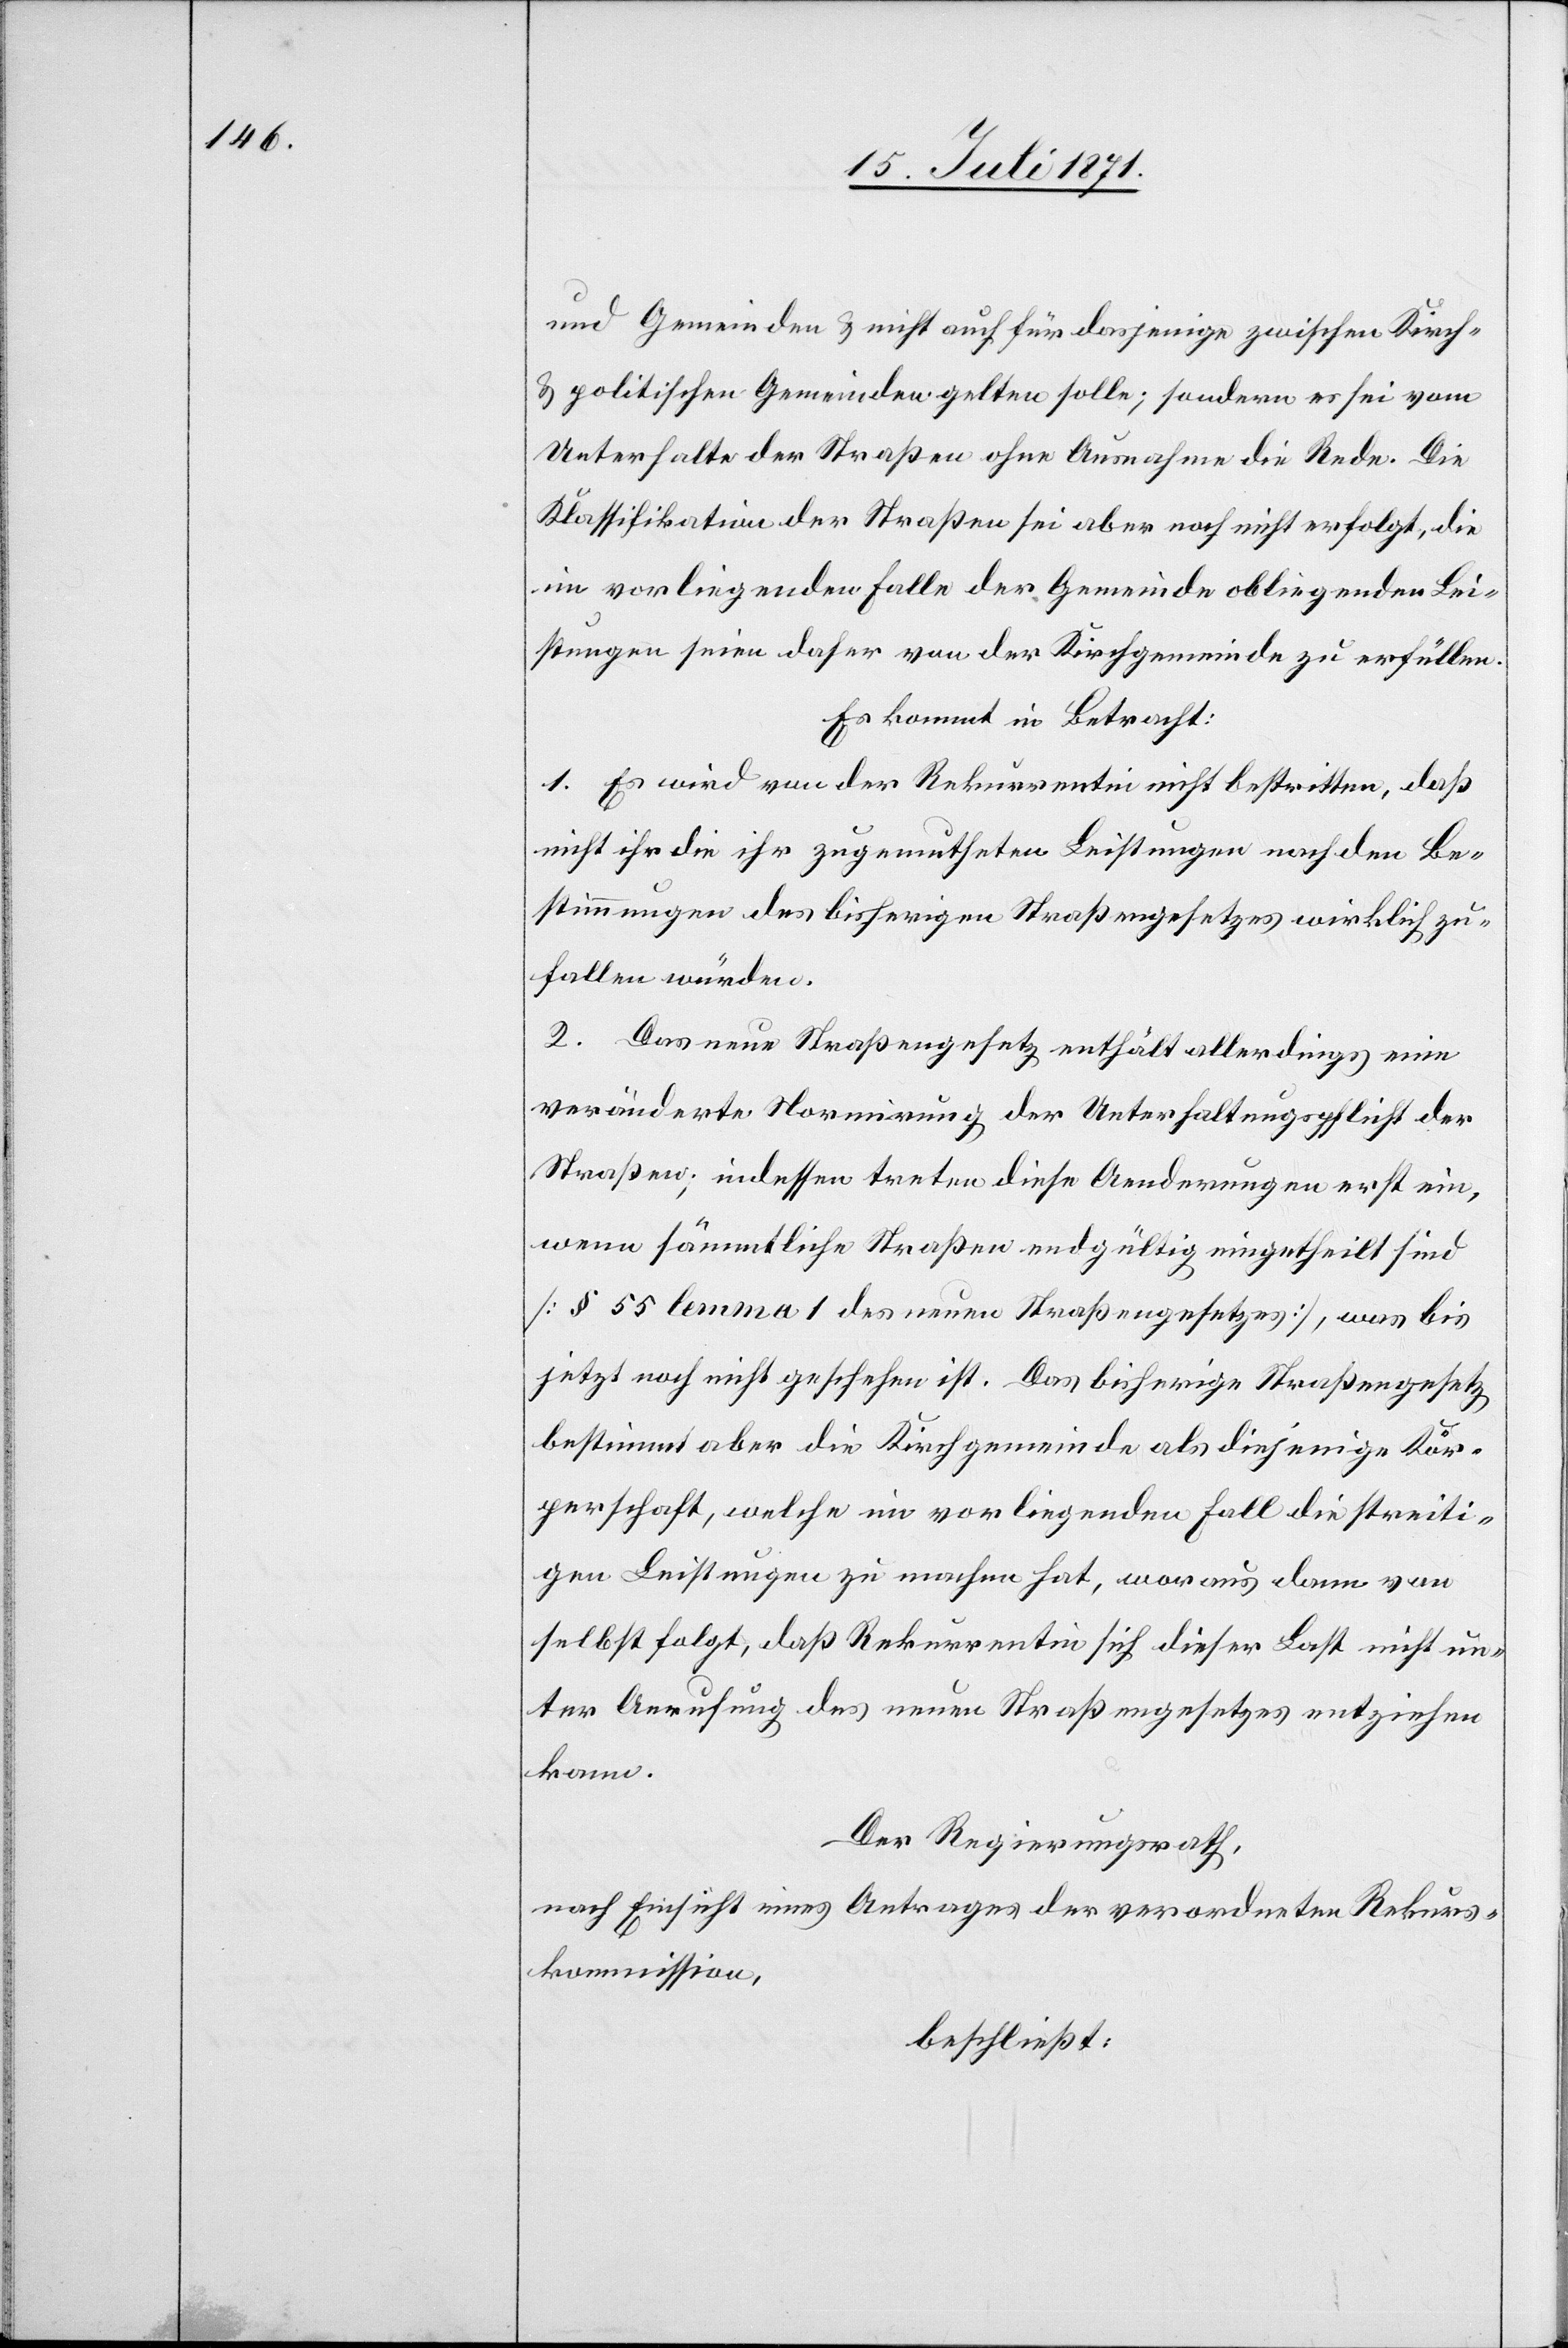
und Gemeinden u. nicht auch für dasjenige zwischen Kirch-
u. politischen Gemeinden gelten solle; sondern es sei vom
Unterhalte der Straßen ohne Ausnahme die Rede. Die
Klassifikation der Straßen sei aber noch nicht erfolgt, die
im vorliegenden Falle der Gemeinde obliegenden Lei¬
stungen seien daher von der Kirchgemeinde zu erfüllen.
Es kommt in Betracht:
1. Es wird von der Rekurrentin nicht bestritten, daß
nicht ihr die ihr zugemutheten Leistungen nach den Be¬
stimmungen des bisherigen Straßengesetzes wirklich zu¬
fallen würden.
2. Das neue Straßengesetz enthält allerdings eine
veränderte Normirung der Unterhaltungspflicht der
Straßen; indessen treten diese Aenderungen erst ein,
wenn sämmtliche Straßen endgültig eingetheilt sind
[§ 55 lemma 1 des neuen Straßengesetzes], was bis
jetzt noch nicht geschehen ist. Das bisherige Straßengesetz
bestimmt aber die Kirchgemeinde als diejenige Kör¬
perschaft, welche im vorliegenden Fall die streiti¬
gen Leistungen zu machen hat, woraus dann von
selbst folgt, daß Rekurrentin sich dieser Last nicht un¬
ter Anrufung des neuen Straßengesetzes entziehen
kann.
Der Regierungsrath,
nach Einsicht eines Antrages der verordneten Rekurs¬
kommission,
beschließt: